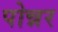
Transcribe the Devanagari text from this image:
पोन्नर